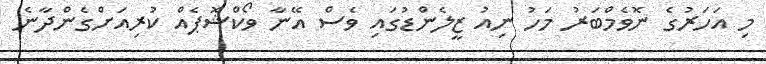
މި އަހަރުގެ ނޮވެމްބަރު މަހު ނިއު ޒީލެންޑުގައި ވެސް އޭނާ ވޯކްޝޮޕެއް ކުރިއަށްގެންދާނެ